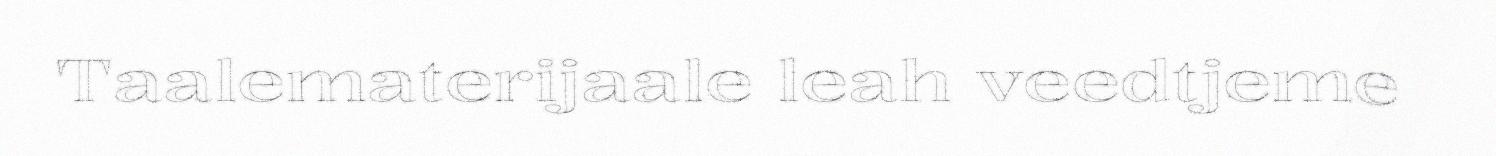
Taalematerijaale leah veedtjeme